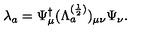
\lambda _ { a } = \Psi _ { \mu } ^ { \dagger } ( \Lambda _ { a } ^ { ( \frac { 1 } { 2 } ) } ) _ { \mu \nu } \Psi _ { \nu } .